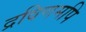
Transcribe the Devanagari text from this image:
द्रविणमपि